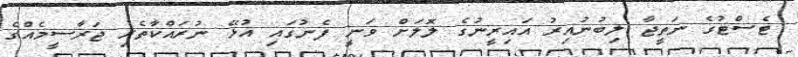
ޓެސްޓުގެ ނަތީޖާ ލިބުނުއިރު އައިރީނުގެ ލޮލަށް ވަނީ ފެނުގައި އުޅޭ ނުރައްކާތެރި ޖަރާސީމެއްގެ